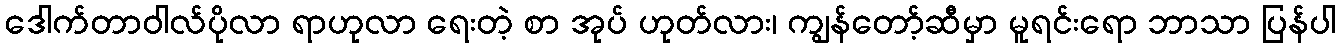
ဒေါက်တာဝါလ်ပိုလာ ရာဟုလာ ရေးတဲ့ စာ အုပ် ဟုတ်လား၊ ကျွန်တော့်ဆီမှာ မူရင်းရော ဘာသာ ပြန်ပါ